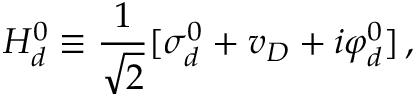
H _ { d } ^ { 0 } \equiv { \frac { 1 } { \sqrt { 2 } } } [ \sigma _ { d } ^ { 0 } + v _ { D } + i \varphi _ { d } ^ { 0 } ] \, , \quad